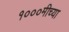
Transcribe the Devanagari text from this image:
१०००मीच्या